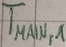
Text: TMAIN,1